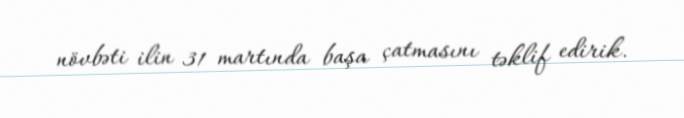
növbəti ilin 31 martında başa çatmasını təklif edirik.